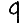
Digit: 9